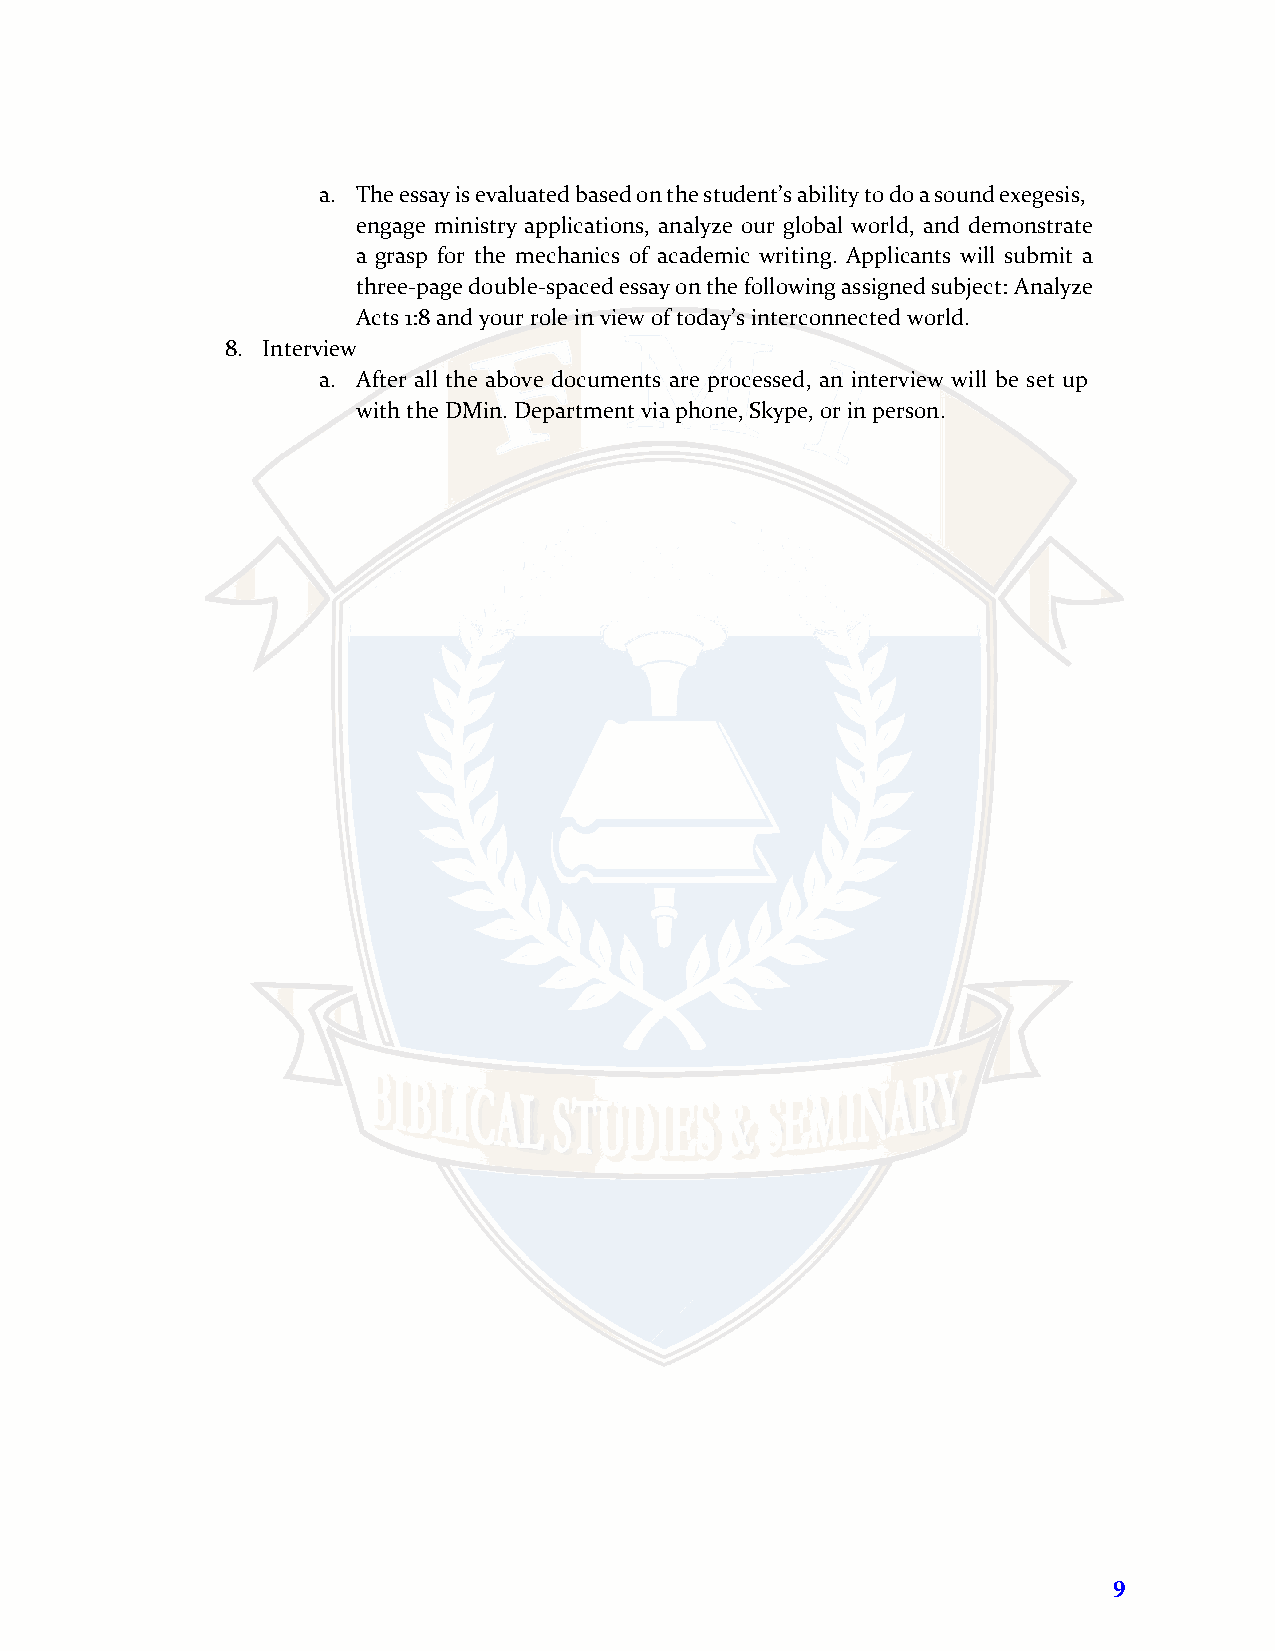
a. The essay is evaluated based on the student’s ability to do a sound exegesis,
 engage ministry applications, analyze our global world, and demonstrate
 a grasp for the mechanics of academic writing. Applicants will submit a
 three-page double-spaced essay on the following assigned subject: Analyze
 Acts 1:8 and your role in view of today’s interconnected world.
 8. Interview
 a. After all the above documents are processed, an interview will be set up
 with the DMin. Department via phone, Skype, or in person.
 9